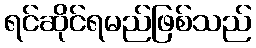
ရင်ဆိုင်ရမည်ဖြစ်သည်